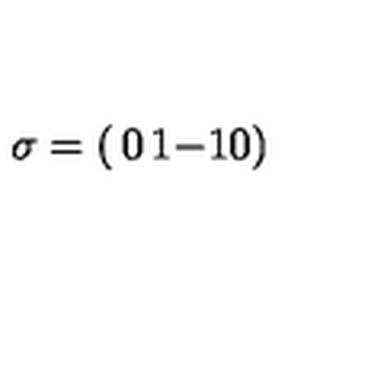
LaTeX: \sigma = \left( \begin{matrix} { 0 } & { 1 } \\ { - 1 } & { 0 } \\ \end{matrix} \right)